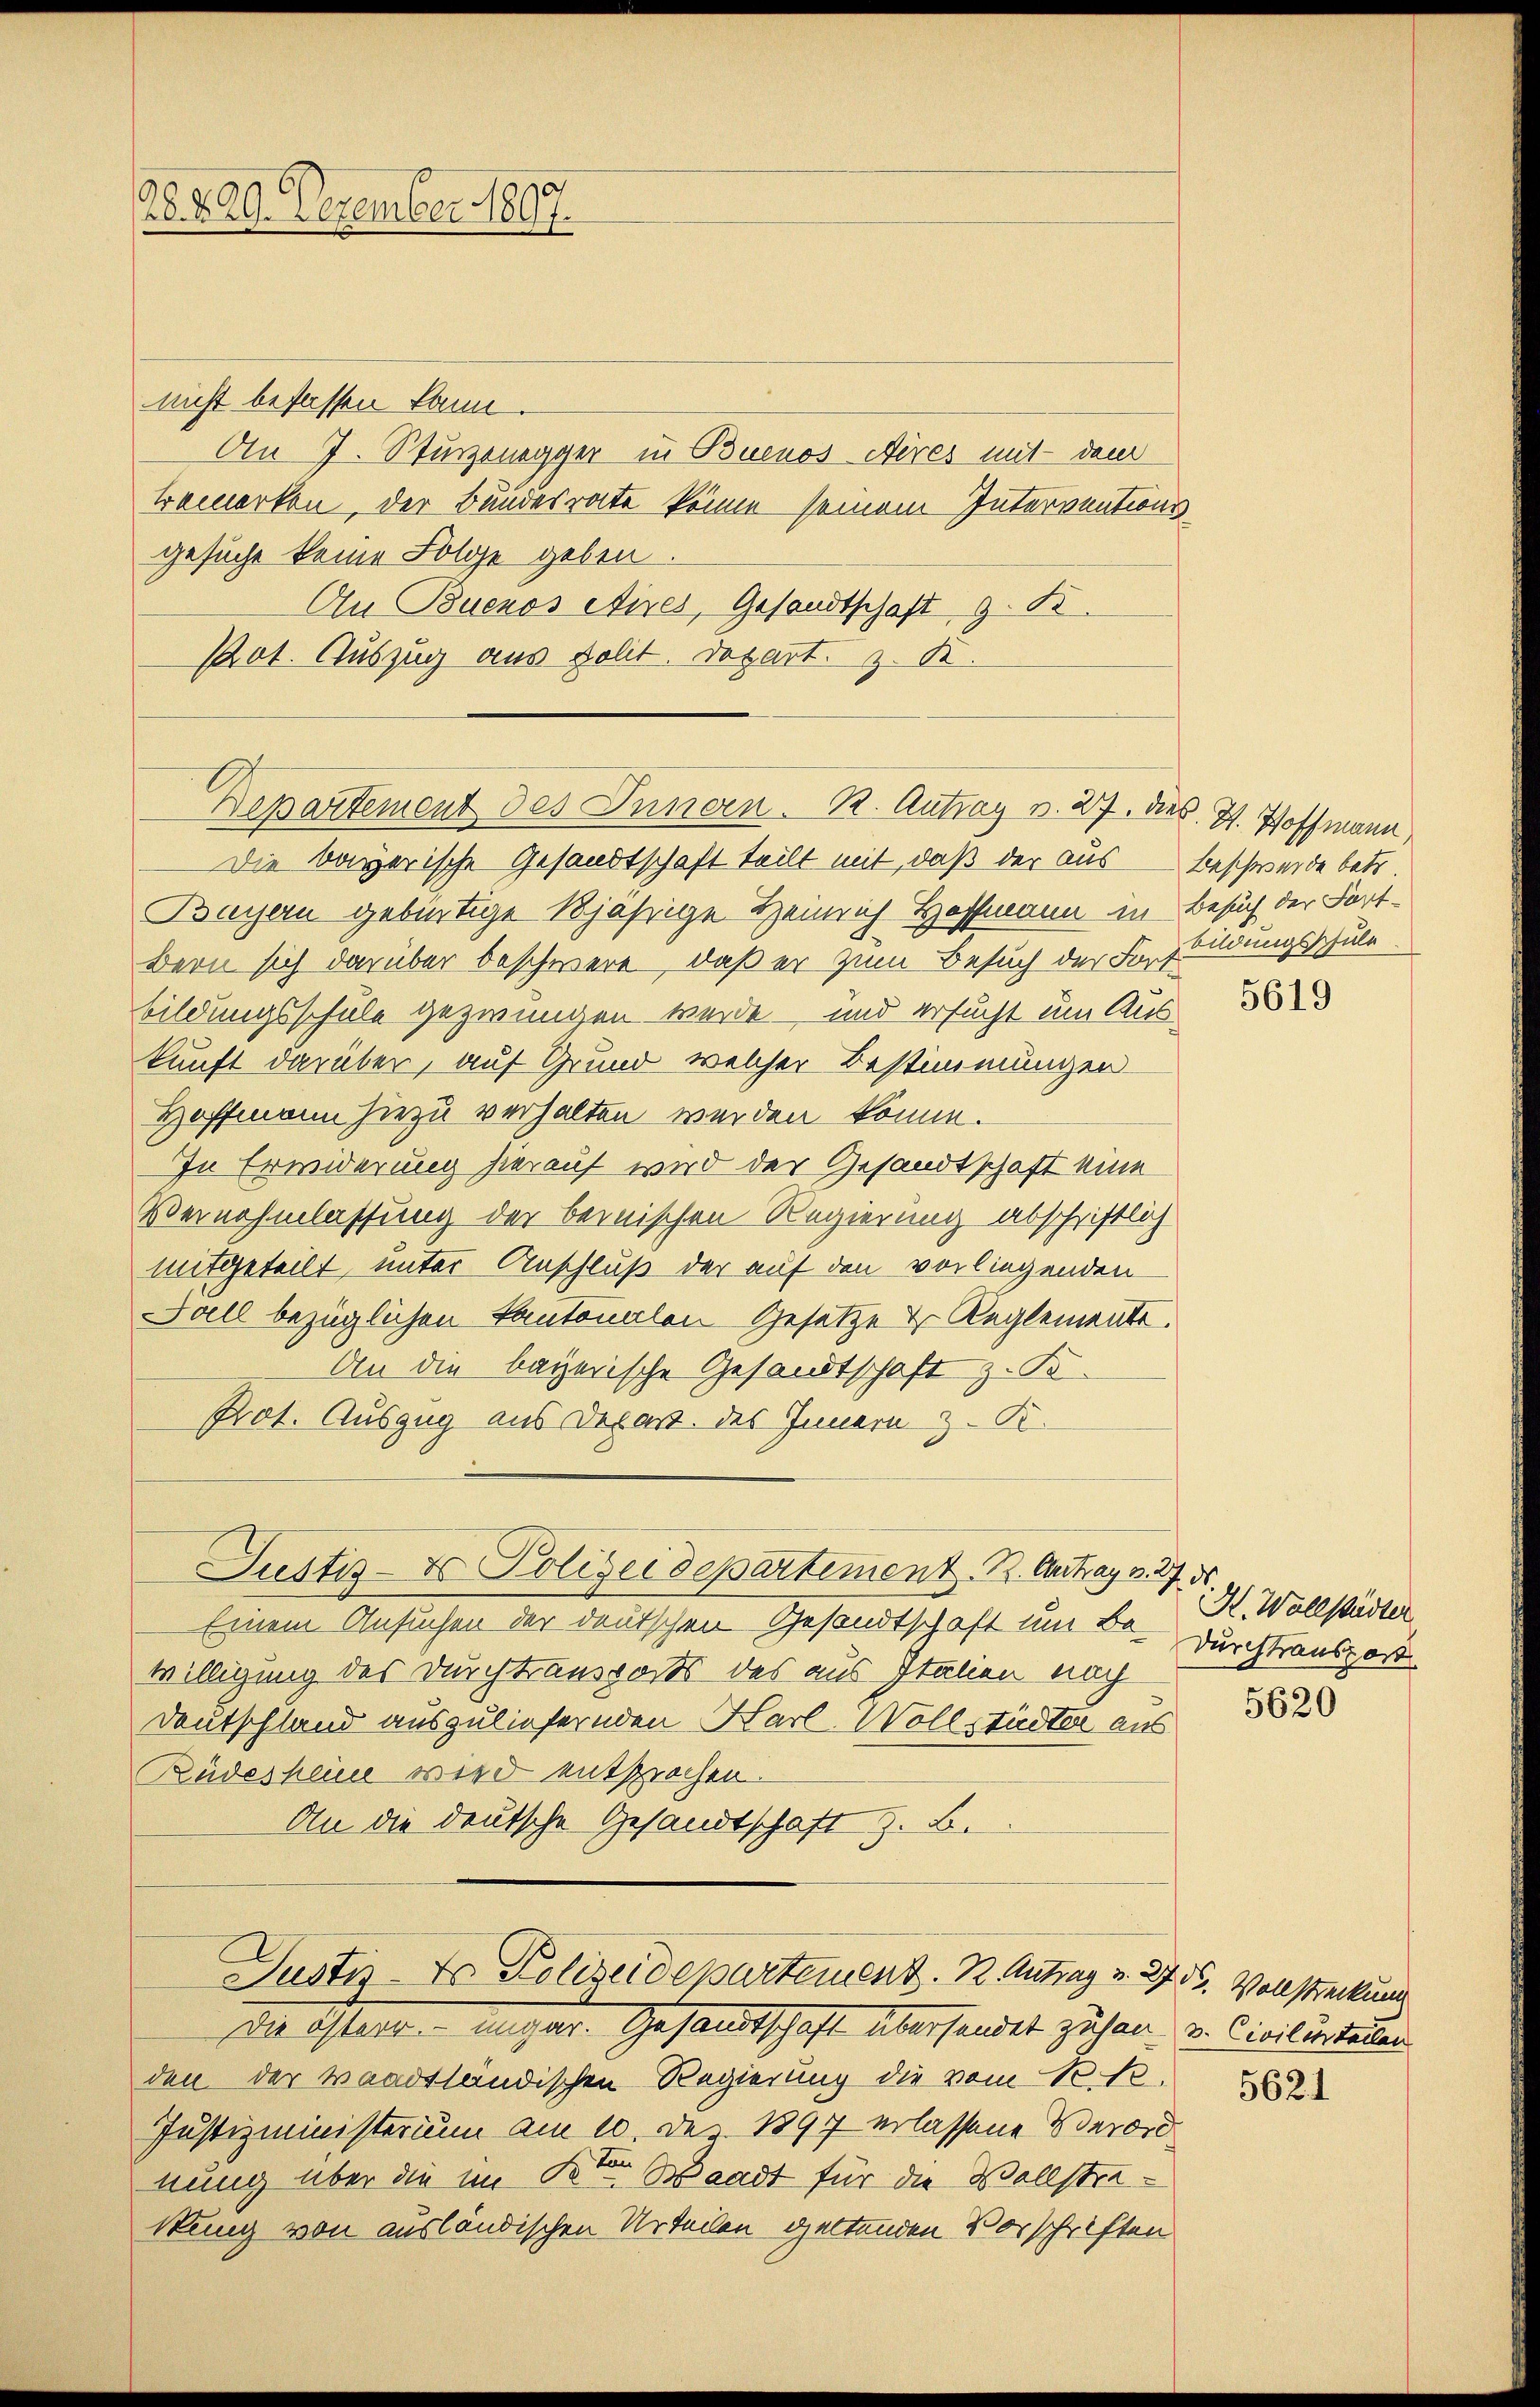
28829. Dezember 1807.

nicht befassen kann.
An J. Sturzenegger in Buenos Aires mit dem
Bemerken, der Bundesrate könne seinem Interventionsgesucht keine Folge geben.
Au Buenos etixes, Gesandtschaft z. B.
Pot. Auszug aus Polit. Depart. z. K.
Die bayerische Gesandtschaft teilt mit, daß der aus Beschwerde betr.
Bayern gebürtige 1jährige Heinrich Hoffmann in Besuch der Fort¬
Bern sich darüber beschwere, daß er zum Besuch der Fortbildungsschule
bildungsschule gezwungen werde, und ersucht um Aus
kunft darüber, auf Grund welcher Bestimmungen
Hoffmann hiezu verhalten werden könne.
In Erwiderung hierauf wird der Gesandtschaft eine
Vernehmlassung der beinischen Regierung abschriftlich
mitgeteilt, unter Anschluß der auf den vorliegenden
Fall bezüglichen Kantonalen Gesetze & Reglements.
An die bayerische Gesandtschaft z. B.
Prot. Auszug aus Depart. des Innern z. K.
Justiz- & Polizeidepartement. B. Antrag v. 27. ds.
Einem Ansuchen der deutschen Gesandtschaft um Be- R. Wollstädten
willigung des Durchtransports des aus Italien nach
Deutschland auszuliefernden Karl Wollstädter aus
Rüdesheine wird entsprochen.
An die deutsche Gesandtschaft z. B.
Justiz-Do Polizeidepartement. 1. Antrag v. 275. Vollstreckung
Der Mart. Angabe. Gesandtschaft überhandet zusen v. Civilisteten
den der Waadtländischen Regierung die vom N. N. 2
Justizministerium am 10. Dez. 1897 erlassene Verord
nung über die im Kt. Waadt für die Vollstrakung von ausländischen Urteilen geltenden Vorschriften

Departement des Innern. R. Antrag v. 27. dies. S. Hoffmann.

5619

Durchtransport

5620